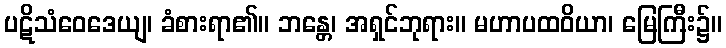
ပဋိသံဝေဒေယျ၊ ခံစားရာ၏။ ဘန္တေ၊ အရှင်ဘုရား။ မဟာပထဝိယာ၊ မြေကြီး၌။